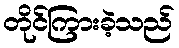
တိုင်ကြားခဲ့သည်